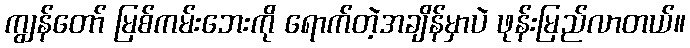
ကျွန်တော် မြစ်ကမ်းဘေးကို ရောက်တဲ့အချိန်မှာပဲ ဖုန်းမြည်လာတယ်။